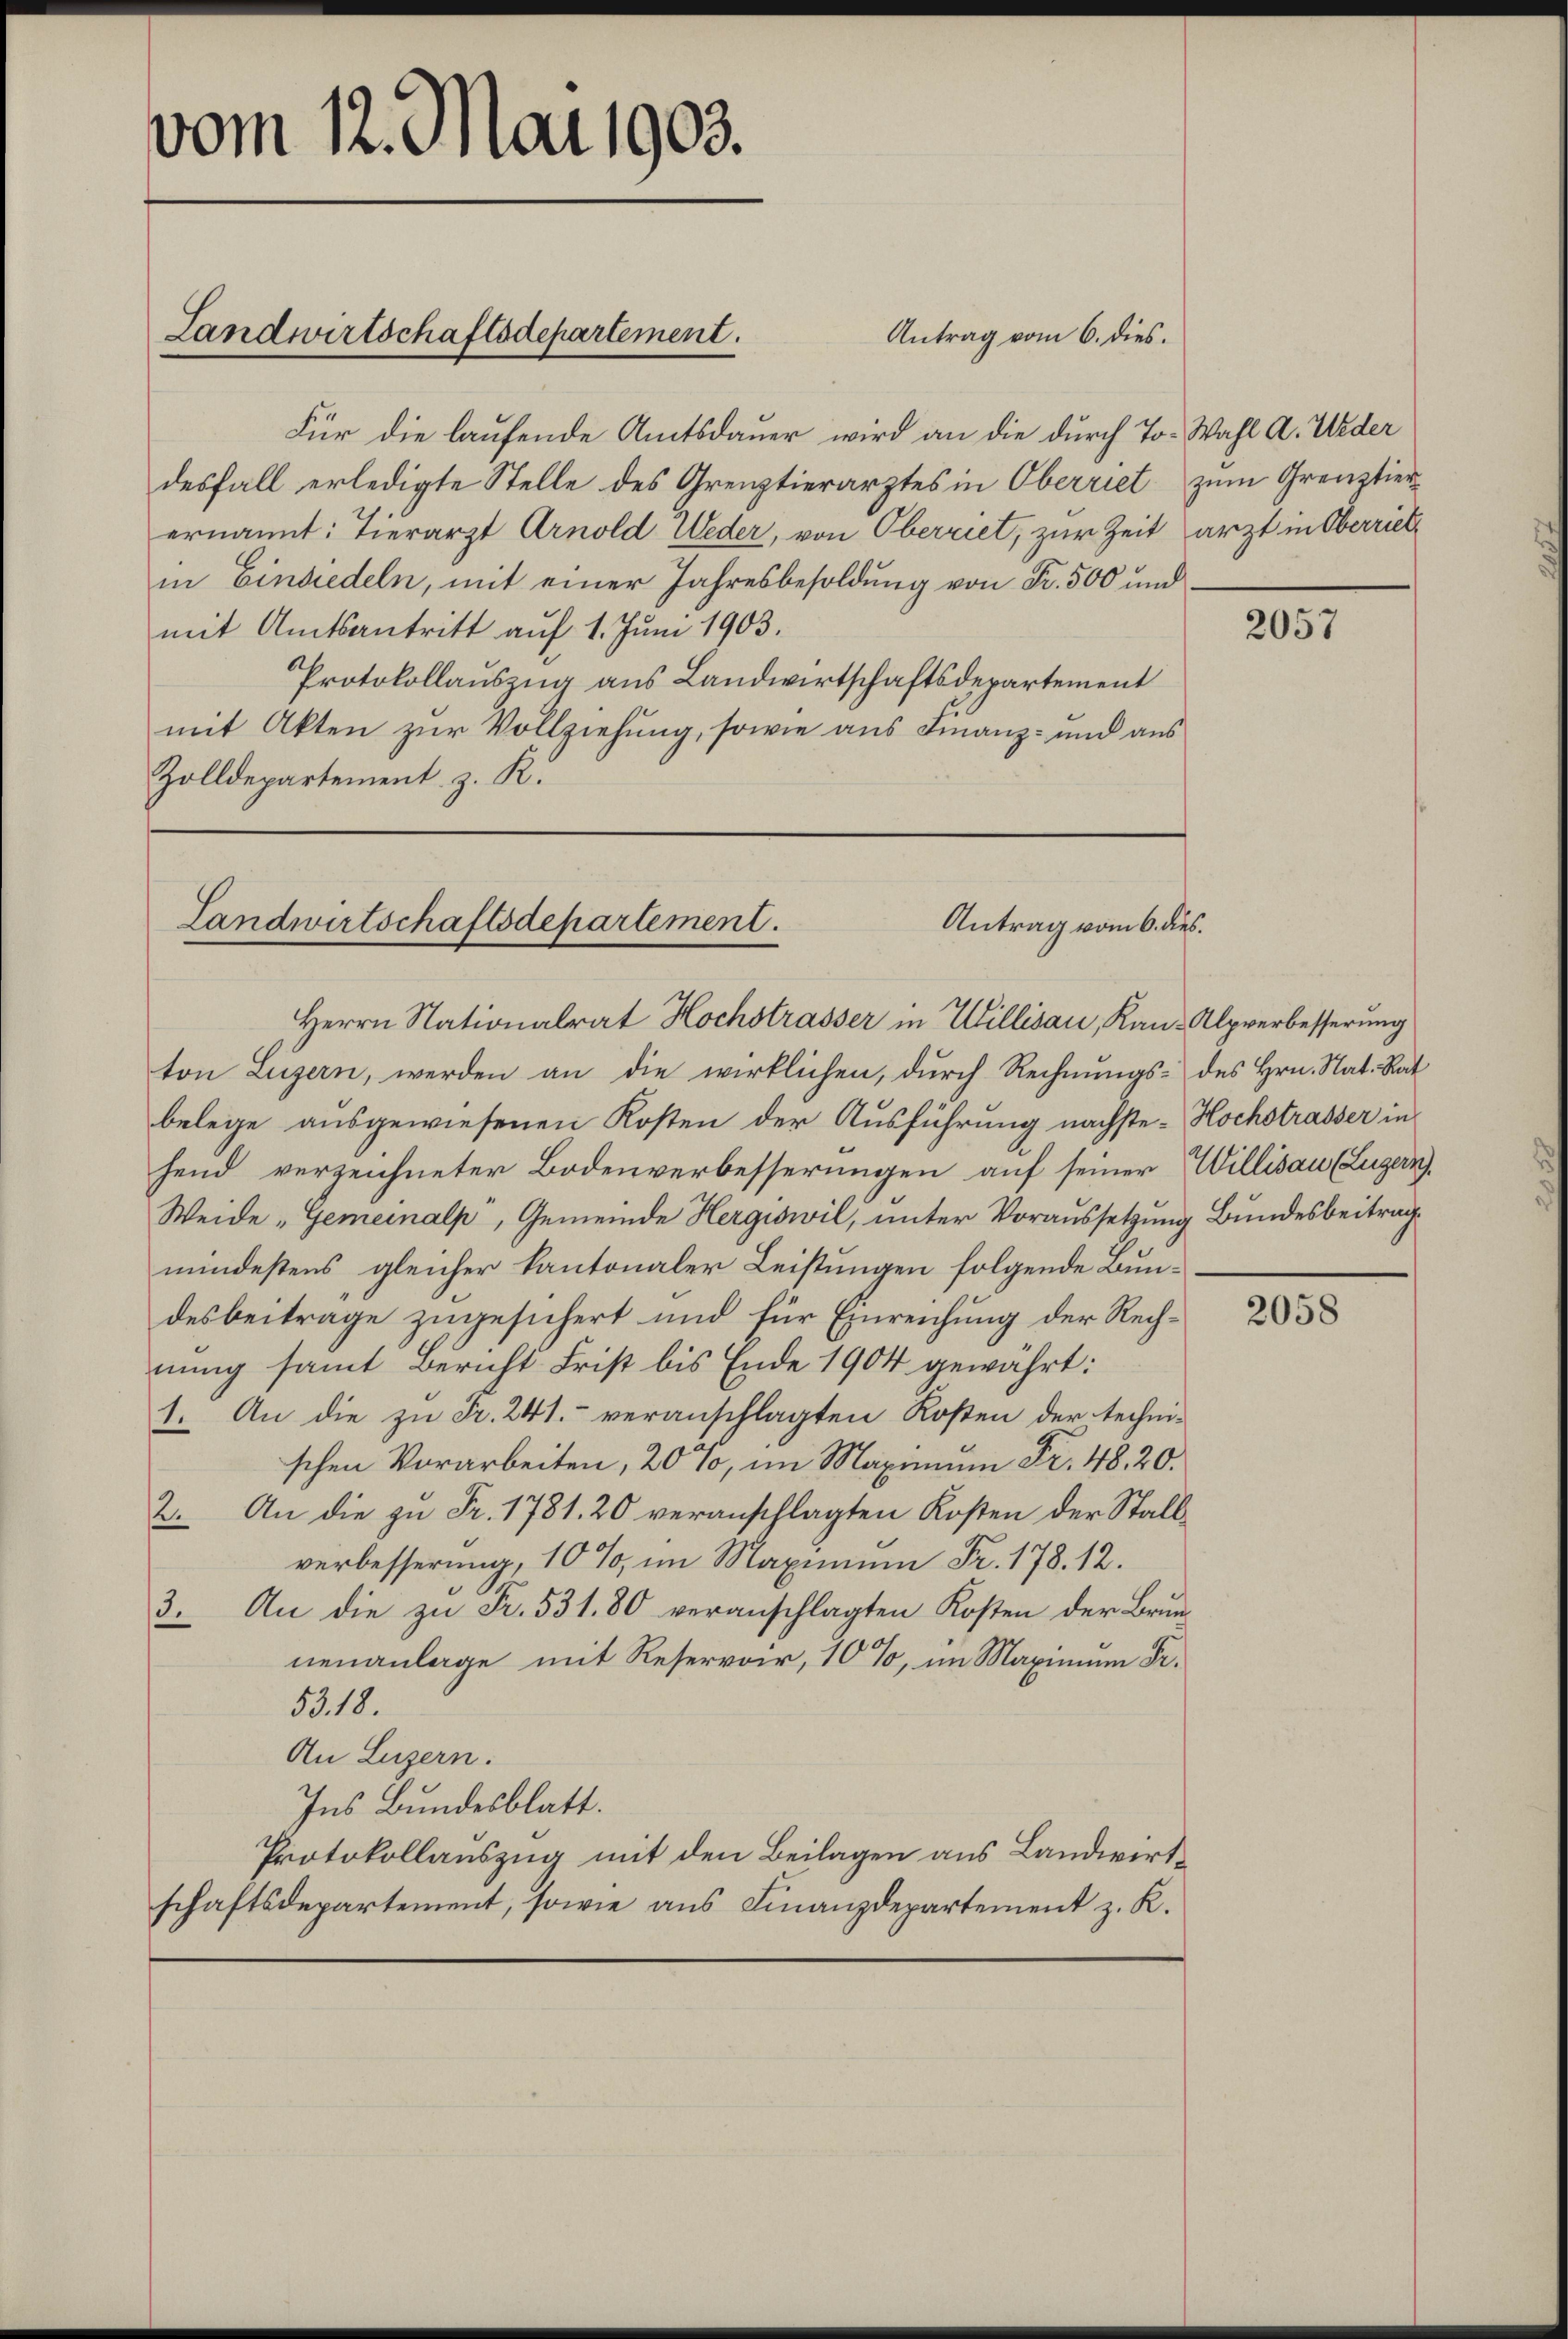
vom 12. Mai 1903.

Für die laufende Amtsdauer wird an die durch To-Wahl a. Weder
desfall erledigte Stelle des Greuztierarztes in Oberriet zum Grenztierernannt: Tierarzt Arnold Weder, von Oberriet, zur Zeit arzt in Oberriete
in Einsiedeln, mit einer Jahresbesoldung von Fr. 500 und
mit Amtsantritt auf 1. Juni 1903.
Protokollauszug aus Landwirtschaftsdepartement
mit Akten zur Vollziehung, sowie aus Finanz- und aus
Zolldepartement. z. R.

Landwirtschaftsdepartement.
Antrag vom 6. dies.
Herrn Nationalrat Hochstrasser in Willisau, Kan¬

Landwirtschaftsdepartement.

ton Luzern, werden an die wirklichen, durch Rechnungs- des Hrn. Nat. Rat
belege ausgewiesenen Kosten der Ausführung nächste Hochstrasser in
hend verzeichneter Bodenverbesserungen auf seiner
Weide „Gemeinalp, Gemeinde Hergiswil, unter Voraussetzung Bundesbeiträgmindestens gleicher kantonaler Leistungen folgende Bundesbeitrage zugesichert und für Einreichung der Rechnung samt Bericht Frist bis Ende 1904 gewährt:
1. An die zu Fr. 241. - veranschlagten Kosten der technischen Vorarbeiten, 20 %, im Maximum Fr. 48. 20.
2. An die zu Fr. 1781. 20 veranschlagten Kosten der Stallverbesserung, 10 %, im Maximum Fr. 178. 12.
3. An die zŭ Fr. 531. 80 veranschlagten Kosten der Brŭn-
nenanlage mit Reservoir, 10 %, im Maximum Dr.
5319.
An Luzern.
Ins Bundesblatt.
Protokollauszug mit den Beilagen aus Landwirtschaftsdepartement, sowie aus Finanzdepartement z. R.

Antrag vom 6. dies.

2057

Alpverbesserung
Willisau (Luzern.

2058